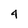
Character: 4